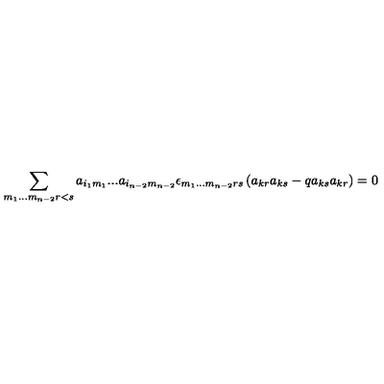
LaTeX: \sum _ { m _ { 1 } . . . m _ { n - 2 } r < s } a _ { i _ { 1 } m _ { 1 } } . . . a _ { i _ { n - 2 } m _ { n - 2 } } \epsilon _ { m _ { 1 } . . . m _ { n - 2 } r s } \left( a _ { k r } a _ { k s } - q a _ { k s } a _ { k r } \right) = 0